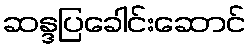
ဆန္ဒပြခေါင်းဆောင်